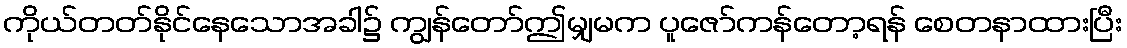
ကိုယ်တတ်နိုင်နေသောအခါ၌ ကျွန်တော်ဤမျှမက ပူဇော်ကန်တော့ရန် စေတနာထားပြီး